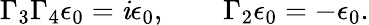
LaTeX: \Gamma_{3}\Gamma_{4}\epsilon_{0}=\mathit{i}\epsilon_{0},\qquad\Gamma_{2}\epsilon_{0}=-\epsilon_{0}.